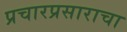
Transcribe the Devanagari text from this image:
प्रचारप्रसाराचा